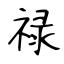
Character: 禄